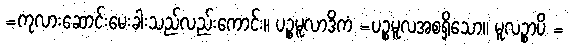
=ကုလားဆောင်းမေးခါးသည်လည်းကောင်း။ ပဉ္စမူလာဒိကံ =ပဉ္စမူလအစရှိသော။ မူလဉ္စာပိ =